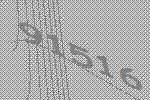
91516